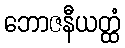
ဘောဇနီယတ္ထံ